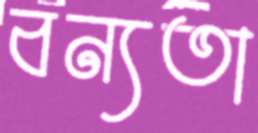
বন্যতা